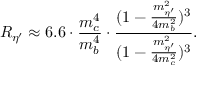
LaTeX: R _ { \eta ^ { \prime } } \approx 6 . 6 \cdot \frac { m _ { c } ^ { 4 } } { m _ { b } ^ { 4 } } \cdot \frac { ( 1 - \frac { m _ { \eta ^ { \prime } } ^ { 2 } } { 4 m _ { b } ^ { 2 } } ) ^ { 3 } } { ( 1 - \frac { m _ { \eta ^ { \prime } } ^ { 2 } } { 4 m _ { c } ^ { 2 } } ) ^ { 3 } } .